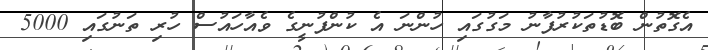
އެގޮތުން ބޮޑުތަކުރުފާނު މަގުގައި ހުންނަ އެ ކުންފުނީގެ ވެއާހައުސް ހުރި ތަނުގައި 5000